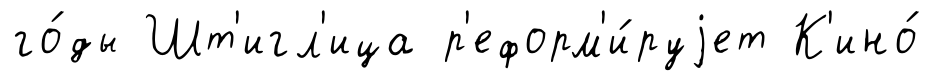
го́ды Шт'игл'ица р'еформ'и́руjет К'ино́